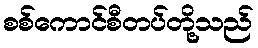
စစ်ကောင်စီတပ်တို့သည်